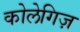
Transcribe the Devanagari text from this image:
कोलेगिज़